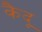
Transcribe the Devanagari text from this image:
कैदू